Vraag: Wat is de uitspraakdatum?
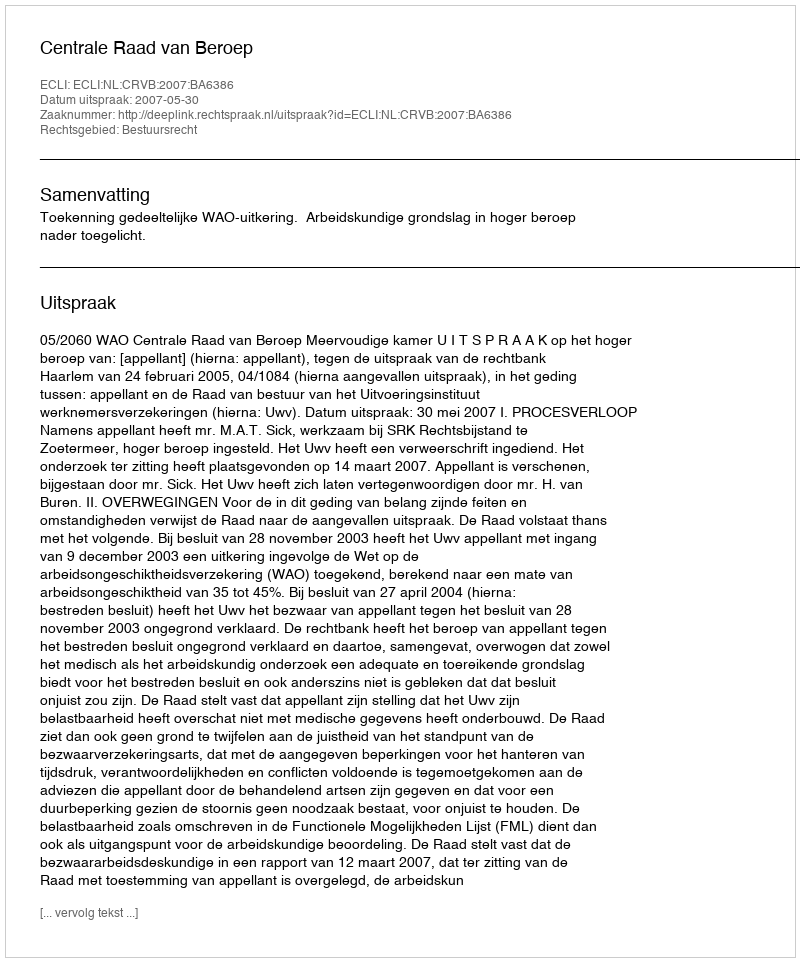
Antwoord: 2007-05-30